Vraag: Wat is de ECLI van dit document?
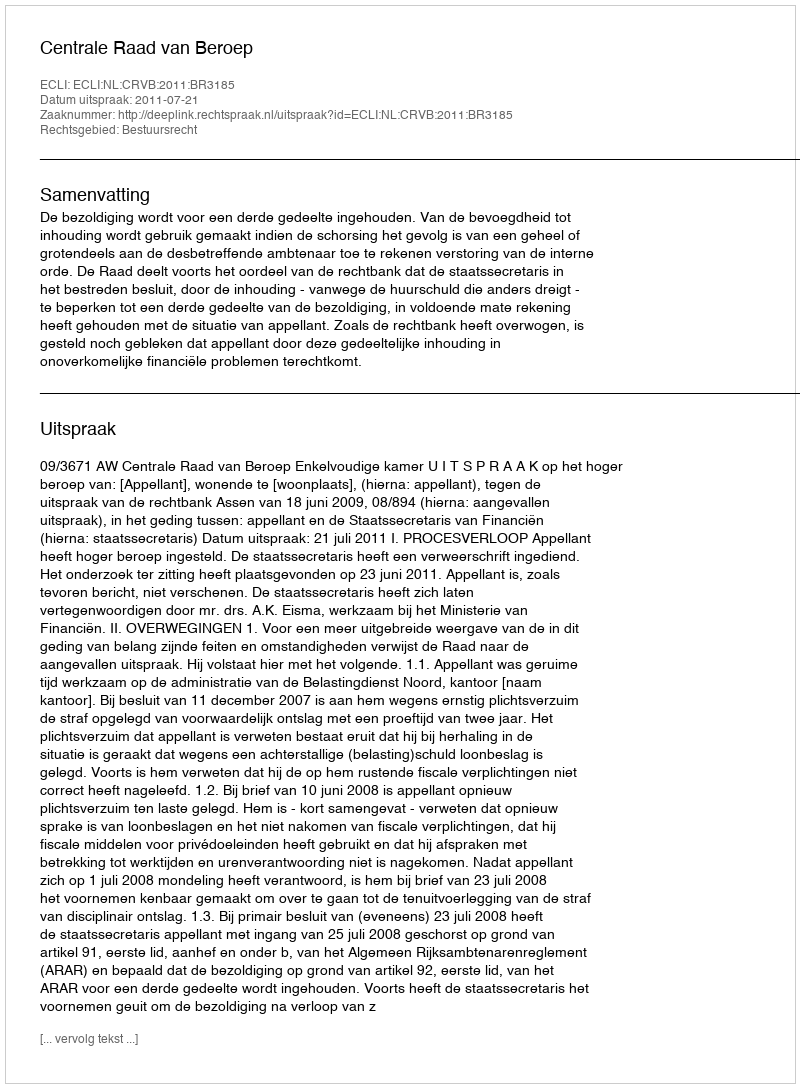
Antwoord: ECLI:NL:CRVB:2011:BR3185